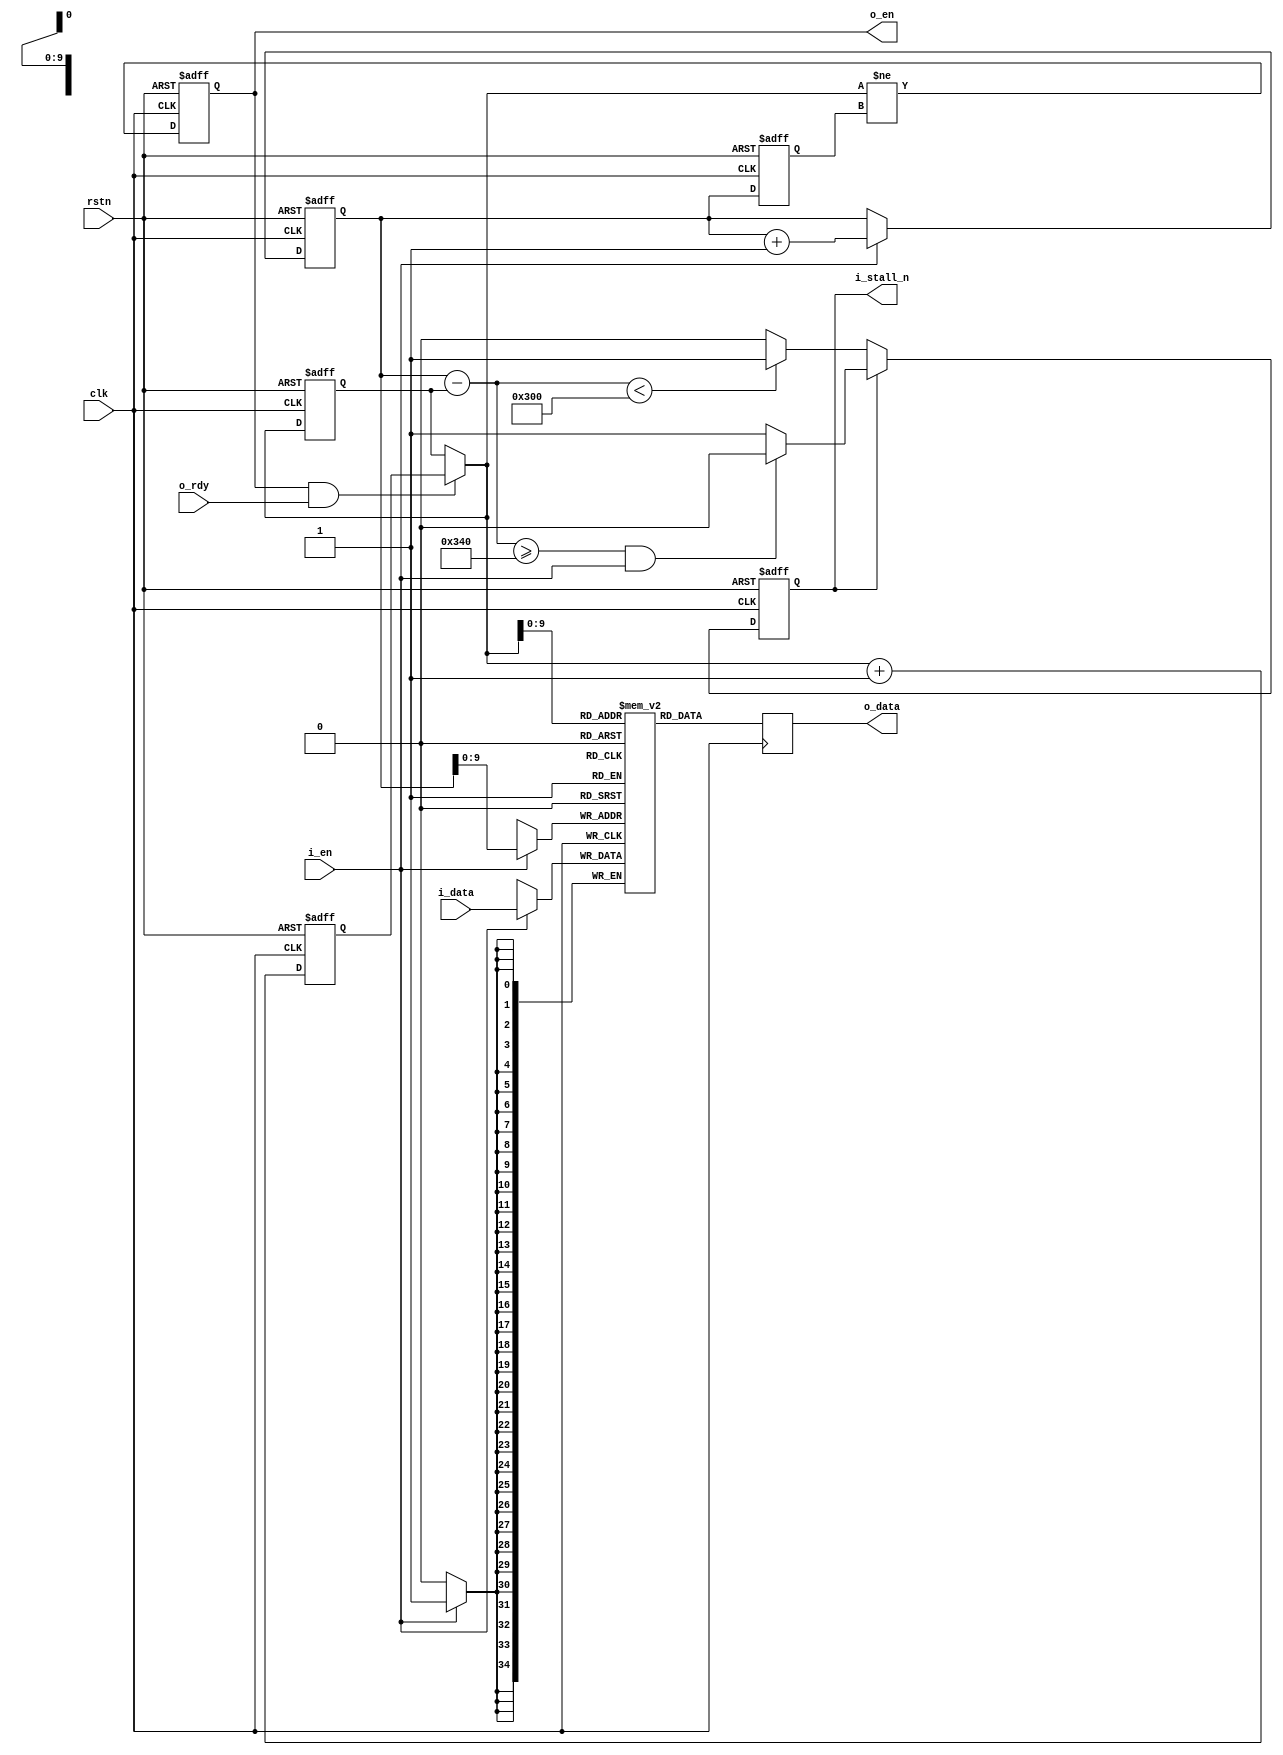
// This program was cloned from: https://github.com/WangXuan95/FPGA-Gzip-compressor
// License: GNU General Public License v3.0


module elastic_fifo_for_output #(
    parameter SIMULATION = 0
) (
    input  wire        rstn,
    input  wire        clk,
    output reg         i_stall_n,
    input  wire [34:0] i_data,
    input  wire        i_en,
    output reg  [34:0] o_data,
    output reg         o_en,
    input  wire        o_rdy
);



initial i_stall_n = 1'b1;
initial o_en = 1'b0;


localparam [10:0] THRESHOLD_SET_STALL   = 11'd832,
                  THRESHOLD_CLEAR_STALL = 11'd768,
                  THRESHOLD_OVERFLOW    = 11'd1016;

reg  [10:0] wptr   = 11'd0;
reg  [10:0] wptr_d = 11'd0;
reg  [10:0] rptr   = 11'd0;
reg  [10:0] rptr1  = 11'd1;
wire [10:0] rptr_next = (o_en & o_rdy) ? rptr1 : rptr;
wire [10:0] buffer_usage = (wptr - rptr);

reg  [34:0] buffer [1023:0];


always @ (posedge clk or negedge rstn)
    if (~rstn) begin
        i_stall_n <= 1'b1;
    end else begin
        if (i_stall_n) begin
            if (buffer_usage >= THRESHOLD_SET_STALL && i_en)
                i_stall_n <= 1'b0;
        end else begin
            if (buffer_usage <  THRESHOLD_CLEAR_STALL)
                i_stall_n <= 1'b1;
        end
    end


generate if (SIMULATION) begin
reg  [10:0] buffer_usage_max = 11'd32;
always @ (posedge clk) begin
    if ( buffer_usage >= buffer_usage_max ) begin
        buffer_usage_max = buffer_usage + 11'd32;
        //$display("elastic_fifo_for_output : buffer_usage = %4d bytes", buffer_usage);
    end
    if (buffer_usage >= THRESHOLD_OVERFLOW && i_en) begin $display("*** error : elastic_fifo almost overflow!!"); $stop; end
end
end endgenerate


always @ (posedge clk or negedge rstn)
    if (~rstn) begin
        wptr   <= 11'h0;
        wptr_d <= 11'h0;
    end else begin
        if (i_en)
            wptr <= wptr + 11'h1;
        wptr_d <= wptr;
    end


always @ (posedge clk)
    if (i_en)
        buffer[wptr[9:0]] <= i_data;


always @ (posedge clk or negedge rstn)
    if (~rstn) begin
        rptr  <= 11'h0;
        rptr1 <= 11'h1;
        o_en  <= 1'b0;
    end else begin
        rptr  <= rptr_next;
        rptr1 <= rptr_next + 11'h1;
        o_en  <= (rptr_next != wptr_d);
    end


always @ (posedge clk)
    o_data <= buffer[rptr_next[9:0]];


endmodule